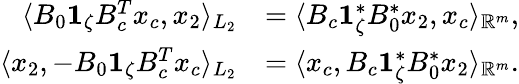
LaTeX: \begin{array}{rl}{\langle B_{0}\mathbf{1}_{\zeta}B_{c}^{T}x_{c},x_{2}\rangle_{L_{2}}}&{=\langle B_{c}\mathbf{1}_{\zeta}^{*}B_{0}^{*}x_{2},x_{c}\rangle_{\mathbb{R}^{m}},}\\ {\langle x_{2},-B_{0}\mathbf{1}_{\zeta}B_{c}^{T}x_{c}\rangle_{L_{2}}}&{=\langle x_{c},B_{c}\mathbf{1}_{\zeta}^{*}B_{0}^{*}x_{2}\rangle_{\mathbb{R}^{m}}.}\end{array}